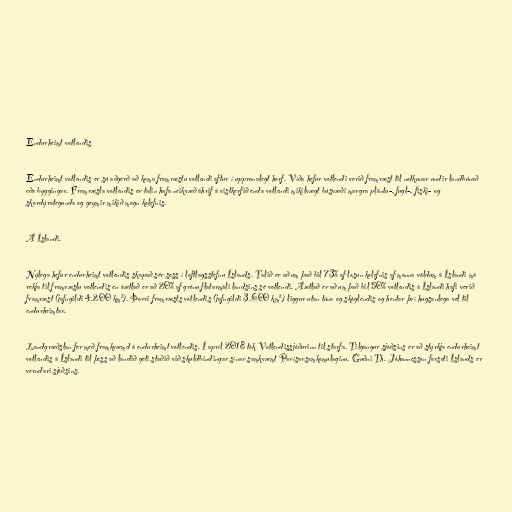
Endurheimt votlendis

Endurheimt votlendis er sú aðgerð að koma framræstu votlendi aftur í upprunalegt horf. Víða hefur votlendi verið framræst til notkunar undir landbúnað
eða byggingar. Framræsla votlendis er talin hafa neikvæð áhrif á vistkerfið enda votlendi mikilvægt búsvæði margra plöntu-, fugl-, fiski- og
skordýrategunda og geymir mikið magn kolefnis.

Á Íslandi.

Nýlega hefur endurheimt votlendis skapað sér sess í loftlagsstefnu Íslands. Talið er að um það bil 73% af losun kolefnis af manna völdum á Íslandi má
rekja til framræslu votlendis en áætlað er að 20% af grónu flatarmáli landsins sé votlendi. Áætlað er að um það bil 50% votlendis á Íslandi hafi verið
framræst (jafngildi 4.200 km²). Þorri framræsts votlendis (jafngildi 3.600 km²) liggur utan túna og skóglendis og hentar því hugsanlega vel til
endurheimtar.

Landgræðslan fer með framkvæmd á endurheimt votlendis. Í apríl 2018 tók Votlendissjóðurinn til starfa. Tilgangur sjóðsins er að styrkja endurheimt
votlendis á Íslandi til þess að landið geti staðið við skuldbindingar sínar samkvæmt Parísarsamkomulaginu. Guðni Th. Jóhannesson forseti Íslands er
verndari sjóðsins.